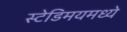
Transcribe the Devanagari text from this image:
स्टेडिमयमध्ये